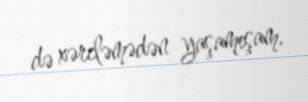
də xərcləmədən yaşamışam.